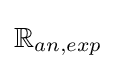
\mathbb {R} _{an,exp}